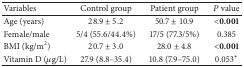
<table><thead><tr><td><b>Variables</b></td><td><b>Control group</b></td><td><b>Patient group</b></td><td><b><i>P</i> value </b></td></tr></thead><tbody><tr><td>Age (years)</td><td>28.9 ± 5.2</td><td>50.7 ± 10.9</td><td>&lt;<b>0.001</b></td></tr><tr><td>Female/male</td><td>5/4 (55.6/44.4%)</td><td>17/5 (77.3/5%)</td><td>0.385</td></tr><tr><td>BMI (kg/m<sup>2</sup>)</td><td>20.7 ± 3.0</td><td>28.0 ± 4.8</td><td>&lt;<b>0.001</b></td></tr><tr><td>Vitamin D (<i>μ</i>g/L)</td><td>27.9 (8.8–35.4)</td><td>10.8 (7.9–75.0)</td><td>0.053∗</td></tr></tbody></table>